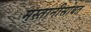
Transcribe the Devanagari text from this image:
मस्तानीसोबत